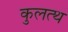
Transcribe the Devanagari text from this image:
कुलत्थ